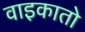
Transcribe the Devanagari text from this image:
वाइकातो